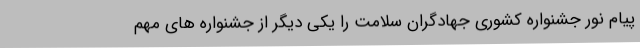
پیام نور جشنواره کشوری جهادگران سلامت را یکی دیگر از جشنواره های مهم